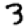
Digit: 3